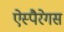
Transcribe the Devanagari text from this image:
ऐस्पैरेगस